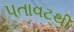
પતાવટથી